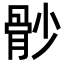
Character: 𩨡